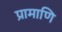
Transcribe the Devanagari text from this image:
प्रामाणि